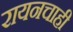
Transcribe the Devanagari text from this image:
रायनचाही